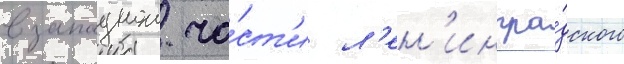
в западнои ча́ст'и л'ен'ингра́дского